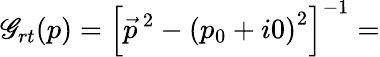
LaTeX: \mathscr{G}_{rt}(p)={\left[{\vec{{p}}}^{\, 2}-{(p_{0}+i0)}^{2}\right]}^{-1}=